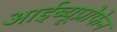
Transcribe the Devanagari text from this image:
आईब्यूप्रोफेन